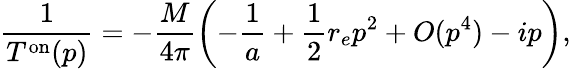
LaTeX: \frac{1}{T^{\mathrm{{on}}}(p)}=-\frac{M}{4\pi}\left(-\frac{1}{a}+\frac{1}{2}r_{e}p^{2}+O({p^{4}})-ip\right),